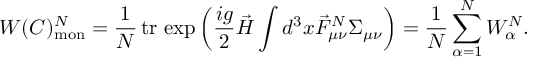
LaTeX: W ( C ) _ { \mathrm { m o n } } ^ { \cal N } = \frac { 1 } { N } { \, } \mathrm { t r } { \, } \exp \left( \frac { i g } { 2 } \vec { H } \int d ^ { 3 } x \vec { F } _ { \mu \nu } ^ { \cal N } \Sigma _ { \mu \nu } \right) = \frac { 1 } { N } \sum _ { \alpha = 1 } ^ { N } W _ { \alpha } ^ { \cal N } .